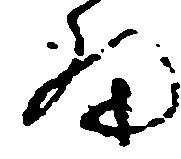
細